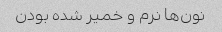
نون‌ها نرم و خمیر شده بودن